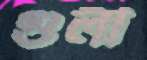
গুলী